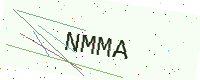
Text: NMMA